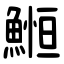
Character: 䱴